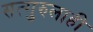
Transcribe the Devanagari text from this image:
सत्गुरुलाही